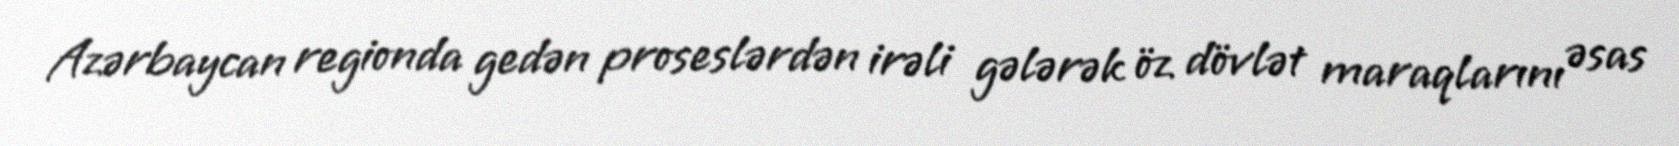
Azərbaycan regionda gedən proseslərdən irəli gələrək öz dövlət maraqlarını əsas